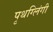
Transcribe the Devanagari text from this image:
पृथग्लिंगी